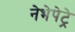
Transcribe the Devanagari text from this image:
नेभेपेट्रे